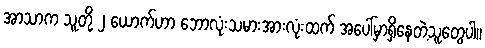
အာသာက သူတို့ ၂ ယောက်ဟာ ဘောလုံးသမားအားလုံးထက် အပေါ်မှာရှိနေတဲ့သူတွေပါ။